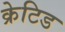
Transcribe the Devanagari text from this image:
क्रेटिड